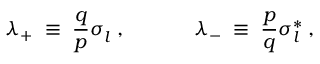
\lambda _ { + } \; \equiv \; \frac { q } { p } \sigma _ { l } ^ { ~ } \; , ~ ~ ~ ~ ~ ~ ~ ~ ~ ~ \lambda _ { - } \; \equiv \; \frac { p } { q } \sigma _ { l } ^ { * } \; ,